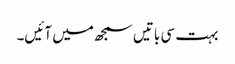
بہت سی باتیں سمجھ میں آئیں۔